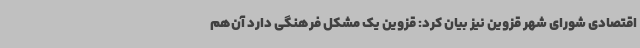
اقتصادی شورای شهر قزوین نیز بیان کرد: قزوین یک مشکل فرهنگی دارد آن‌هم